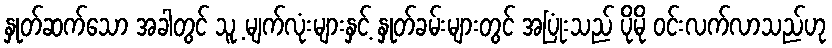
နှုတ်ဆက်သော အခါတွင် သူ့ မျက်လုံးများနှင့် နှုတ်ခမ်းများတွင် အပြုံးသည် ပိုမို ဝင်းလက်လာသည်ဟု